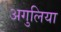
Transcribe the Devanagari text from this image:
अगुलिया